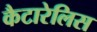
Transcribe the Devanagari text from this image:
कैटारेलिस